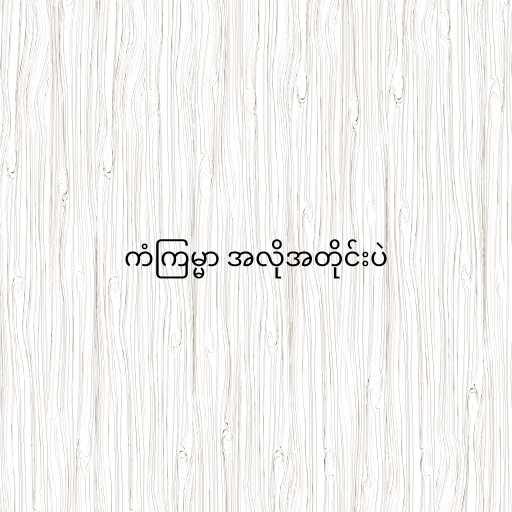
ကံကြမ္မာ အလိုအတိုင်းပဲ